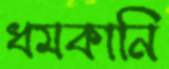
ধমকানি